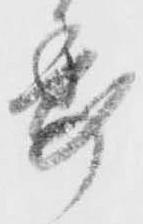
委